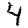
Digit: 4